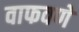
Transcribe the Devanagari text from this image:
वाफवणे